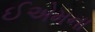
ઈએમના